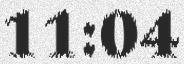
11:04